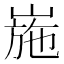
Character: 崺